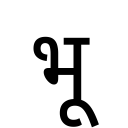
OCR:
भू